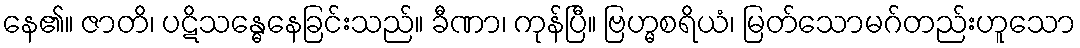
နေ၏။ ဇာတိ၊ ပဋိသန္ဓေနေခြင်းသည်။ ခီဏာ၊ ကုန်ပြီ။ ဗြဟ္မစရိယံ၊ မြတ်သောမဂ်တည်းဟူသော